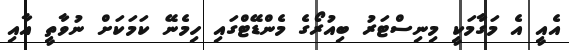
އެއީ އެ މަގާމަކީ މިނިސްޓަރު ބިއުރޯގެ މެންޑޭޓްގައި ހިމެނޭ ކަމަކަށް ނުވާތީ އާއި